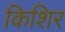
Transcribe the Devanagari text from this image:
किशिर